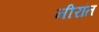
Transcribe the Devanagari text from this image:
नीरांत